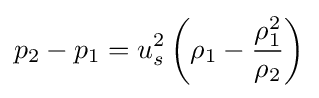
p_{2}-p_{1}=u_{s}^{2}\left(\rho _{1}-{\frac {\rho _{1}^{2}}{\rho _{2}}}\right)